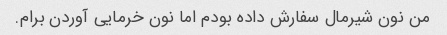
من نون شیرمال سفارش داده بودم اما نون خرمایی آوردن برام.